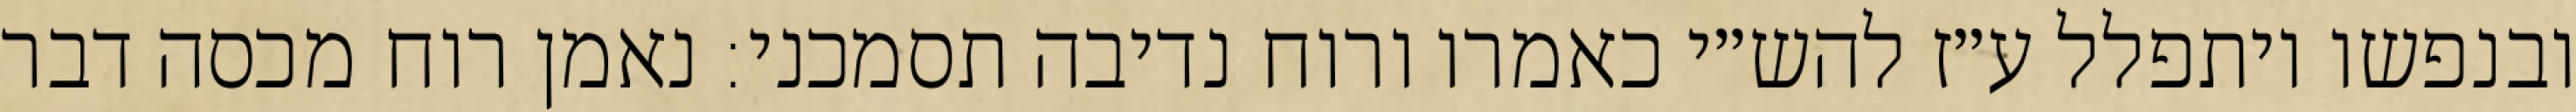
ובנפשו ויתפלל ע״ז להש״י כאמרו ורוח נדיבה תסמכני: נאמן רוח מכסה דבר